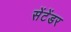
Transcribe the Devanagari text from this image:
सेंटेंडर